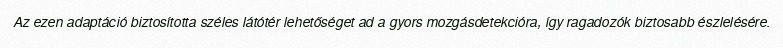
Az ezen adaptáció biztosította széles látótér lehetőséget ad a gyors mozgásdetekcióra, így ragadozók biztosabb észlelésére.